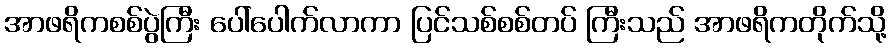
အာဖရိကစစ်ပွဲကြီး ပေါ်ပေါက်လာကာ ပြင်သစ်စစ်တပ် ကြီးသည် အာဖရိကတိုက်သို့